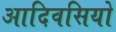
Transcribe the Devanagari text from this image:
आदिवसियो